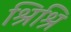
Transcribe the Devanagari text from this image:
श्रिश्रि